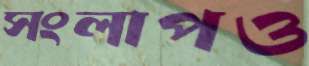
সংলাপও